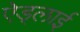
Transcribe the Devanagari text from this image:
ऐड्लाई